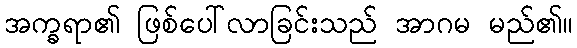
အက္ခရာ၏ ဖြစ်ပေါ်လာခြင်းသည် အာဂမ မည်၏။